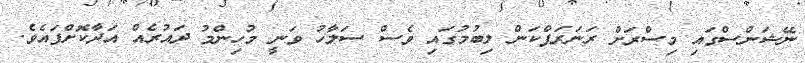
ނޭޝަންސްގައި މިސްރަށް ރަނަރަޕްކަން ލިބުމުގައި ވެސް ސަލާހު ވަނީ މުހިންމު ދައުރެއް އަދާކޮށްފައެވެ.